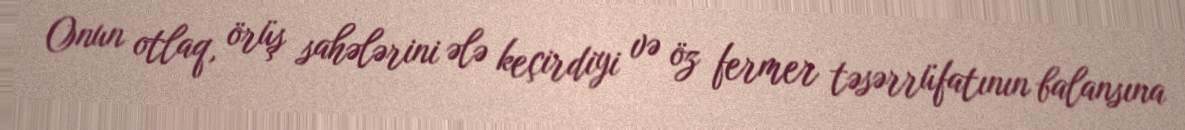
Onun otlaq, örüş sahələrini ələ keçirdiyi və öz fermer təsərrüfatının balansına